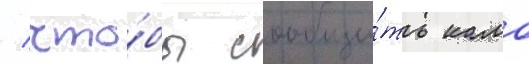
/ что́бы сообщи́ть камо